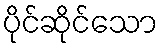
ပိုင်ဆိုင်သော